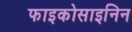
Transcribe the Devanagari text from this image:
फाइकोसाइनिन